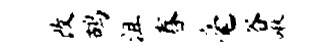
改鸪沮舂毫谷啾